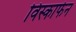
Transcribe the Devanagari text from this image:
विस्काफेन